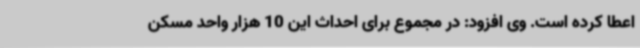
اعطا کرده است. وی افزود: در مجموع برای احداث این 10 هزار واحد مسکن